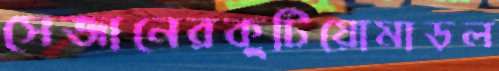
সেজানেরকুটিয়োমাড়ল